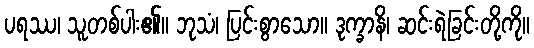
ပရဿ၊ သူတစ်ပါး၏။ ဘုသံ၊ ပြင်းစွာသော။ ဒုက္ခာနိ၊ ဆင်းရဲခြင်းတို့ကို။